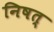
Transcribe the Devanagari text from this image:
निषत्